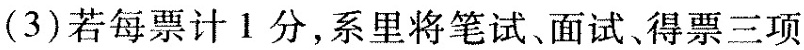
（ 3 ）若每票计 1 分，系里将笔试、面试、得票三项